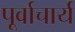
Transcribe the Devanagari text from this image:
पूर्वाचार्य